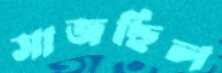
সাজছিল